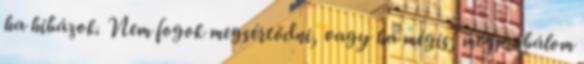
ha hibázok. Nem fogok megsértődni, vagy ha mégis, megpróbálom